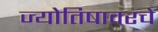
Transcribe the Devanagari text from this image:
ज्योतिषावरचे